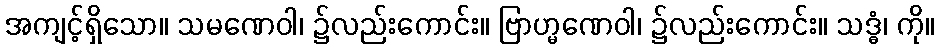
အကျင့်ရှိသော။ သမဏေဝါ၊ ၌လည်းကောင်း။ ဗြာဟ္မဏေဝါ၊ ၌လည်းကောင်း။ သဒ္ဓံ၊ ကို။